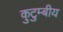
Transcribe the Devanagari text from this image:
कुटुम्बीय